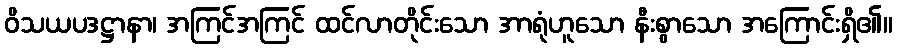
ဝိသယပဒဋ္ဌာနာ၊ အကြင်အကြင် ထင်လာတိုင်းသော အာရုံဟူသော နီးစွာသော အကြောင်းရှိ၏။